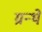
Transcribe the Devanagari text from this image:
ग्रन्थे